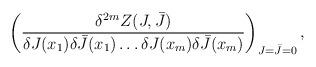
LaTeX: \begin{align*}\left( \frac {\delta^{2m} Z(J,\bar{J})}{\delta J(x_1) \delta \bar{J}(x_1) \ldots \delta J(x_m) \delta \bar{J}(x_m)} \right)_{J=\bar{J}=0},\end{align*}